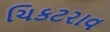
ચિકટરાવ